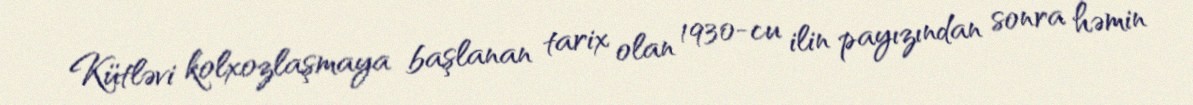
Kütləvi kolxozlaşmaya başlanan tarix olan 1930-cu ilin payızından sonra həmin